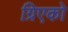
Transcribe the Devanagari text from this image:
ग्रिएको